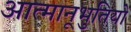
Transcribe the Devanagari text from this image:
आत्मानूभुतियों